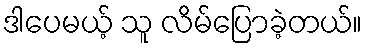
ဒါပေမယ့် သူ လိမ်ပြောခဲ့တယ်။